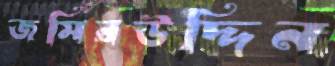
জমিরউদ্দিন